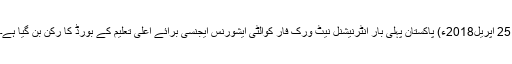
25 اپریل2018ء) پاکستان پہلی بار انٹرنیشنل نیٹ ورک فار کوالٹی ایشورنس ایجنسی برائے اعلیٰ تعلیم کے بورڈ کا رکن بن گیا ہے۔